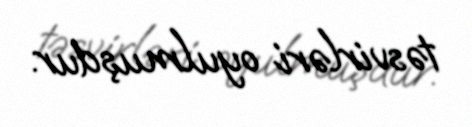
təsvirləri oyulmuşdur.